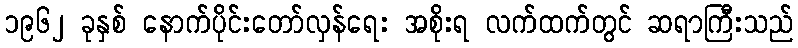
၁၉၆၂ ခုနှစ် နောက်ပိုင်းတော်လှန်ရေး အစိုးရ လက်ထက်တွင် ဆရာကြီးသည်